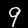
Label: 9